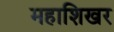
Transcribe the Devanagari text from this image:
महाशिखर